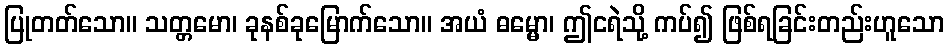
ပြုတတ်သော။ သတ္တမော၊ ခုနစ်ခုမြောက်သော။ အယံ ဓမ္မော၊ ဤငရဲသို့ ကပ်၍ ဖြစ်ရခြင်းတည်းဟူသော